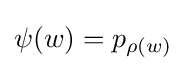
\psi (w)=p_{\rho (w)}